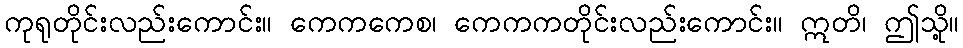
ကုရုတိုင်းလည်းကောင်း။ ကေကကေစ၊ ကေကကတိုင်းလည်းကောင်း။ ဣတိ၊ ဤသို့။